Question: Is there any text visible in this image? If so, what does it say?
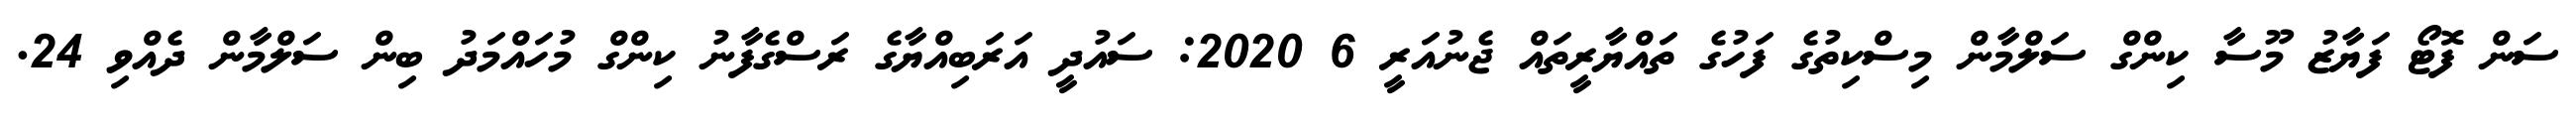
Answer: ސަން ފޮޓޯ ފަޔާޒު މޫސާ ކިންގް ސަލްމާން މިސްކިތުގެ ފަހުގެ ތައްޔާރީތައް ޖެނުއަރީ 6 2020: ސައުދީ އަރަބިއްޔާގެ ރަސްގެފާނު ކިންގް މުހައްމަދު ބިން ސަލްމާން ދެއްވި 24.